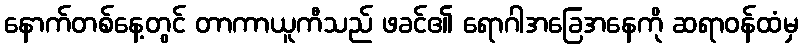
နောက်တစ်နေ့တွင် တာကာယူကီသည် ဖခင်၏ ရောဂါအခြေအနေကို ဆရာဝန်ထံမှ